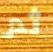
ثم